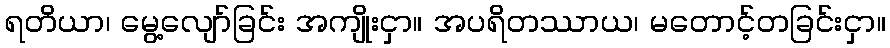
ရတိယာ၊ မွေ့လျော်ခြင်း အကျိုးငှာ။ အပရိတဿာယ၊ မတောင့်တခြင်းငှာ။